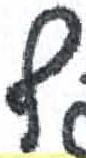
אות: ף